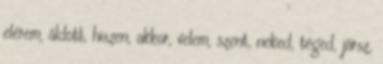
elérem, áldott, hiszen, akkor, velem, szent, neked, téged, jársz,